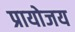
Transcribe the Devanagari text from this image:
प्रायोजय